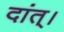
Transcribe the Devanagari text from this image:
दांत्।